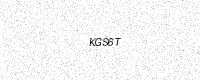
Text: KGS6T